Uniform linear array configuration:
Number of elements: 24
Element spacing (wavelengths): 1
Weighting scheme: hann
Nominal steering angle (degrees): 30
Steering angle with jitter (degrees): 29.644
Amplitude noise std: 0.05
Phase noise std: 0.05

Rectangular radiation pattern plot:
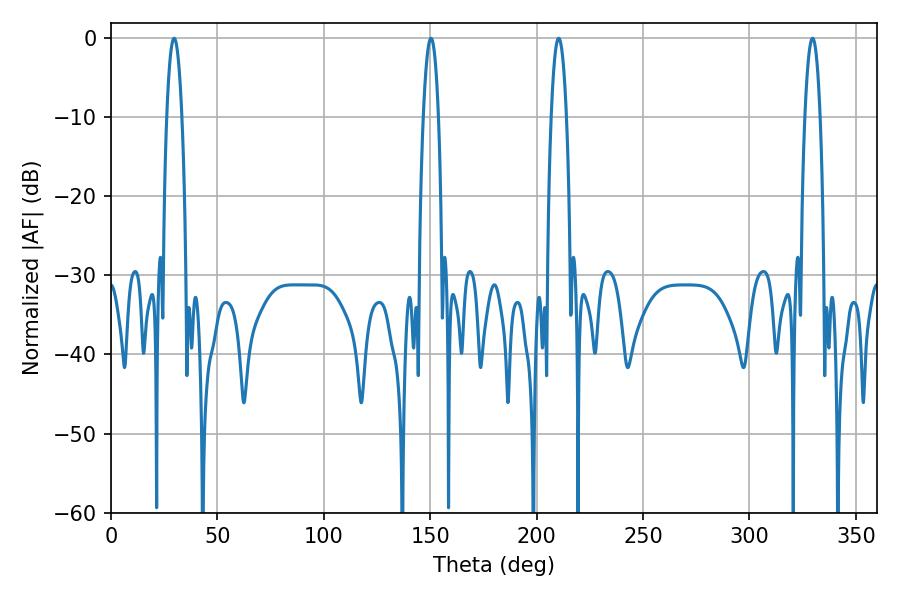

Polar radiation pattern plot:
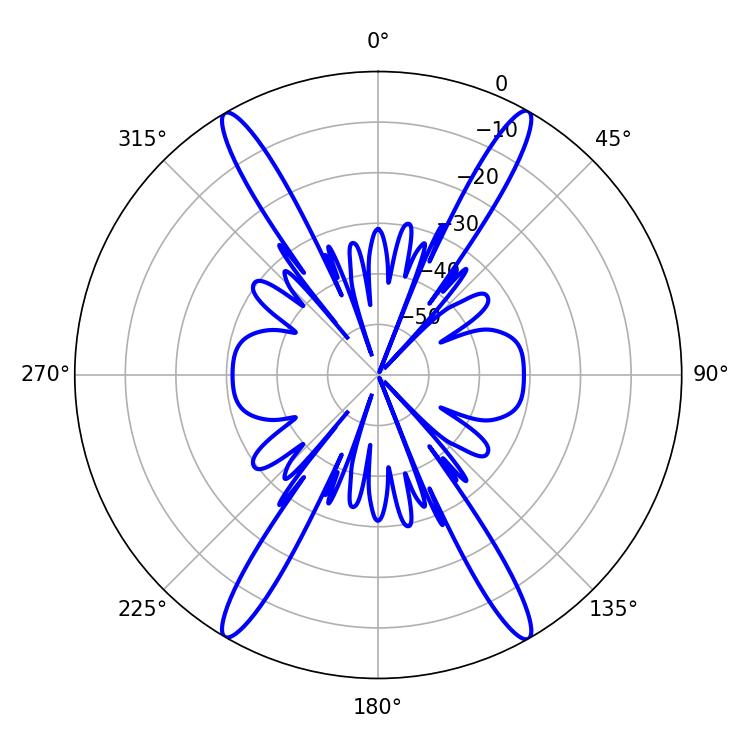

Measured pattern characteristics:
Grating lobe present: TRUE
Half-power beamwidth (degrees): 3.96
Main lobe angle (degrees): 150.3